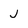
Character: j